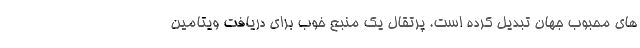
های محبوب جهان تبدیل کرده است. پرتقال یک منبع خوب برای دریافت ویتامین